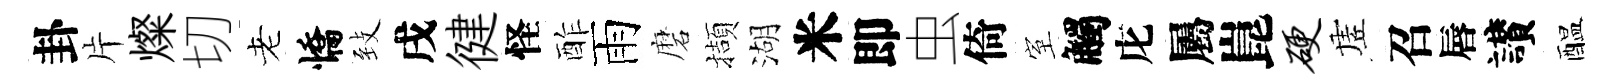
卦片燦切老憍𦤺戌徤怪酢雨磨擷湖米即虫倚室觸庀屬崑硬虗召唇讃醖